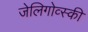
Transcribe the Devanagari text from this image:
जेलिगोव्स्की